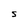
Character: s